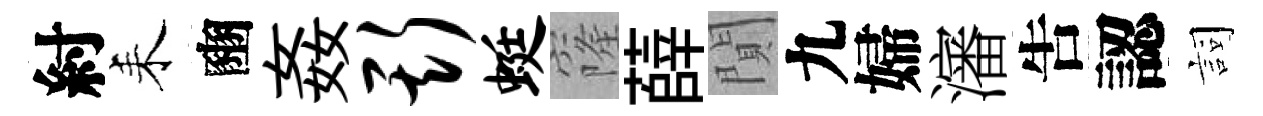
紂耒豳姦斯蜓窿薛閴九婦瀋吿認詞